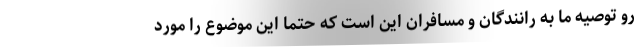
رو توصیه ما به رانندگان و مسافران این است که حتما این موضوع را مورد